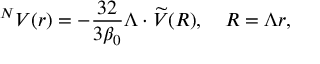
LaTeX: ^ N V ( r ) = - \frac { 3 2 } { 3 \beta _ { 0 } } \Lambda \cdot \widetilde { V } ( R ) , \quad R = \Lambda r ,